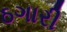
ઠગારી